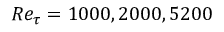
R e _ { \tau } = 1 0 0 0 , 2 0 0 0 , 5 2 0 0